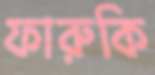
ফারুকি